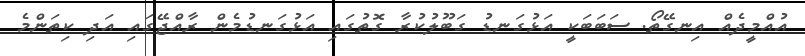
އުއްމީދެއް އިނގޭތޯ. ސަބަބަކީ އަޅުގަނޑު ގަބޫލުކުރާ ގޮތުގައި އަޅުގަނޑުމެން ރާއްޖޭގައި އަދި ކިތަންމެ